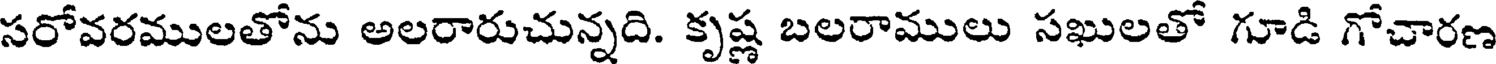
సరోవరములతోను అలరారుచున్నది. కృష్ణ బలరాములు సఖులతో గూడి గోచారణ